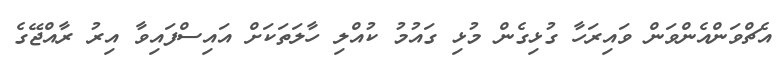
އެޗްވަންއެންވަން ވައިރަހާ ގުޅިގެން މުޅި ގައުމު ކުއްލި ހާލަތަކަށް އައިސްފައިވާ އިރު ރާއްޖޭގެ